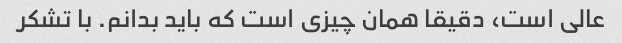
عالی است، دقیقا همان چیزی است که باید بدانم. با تشکر